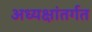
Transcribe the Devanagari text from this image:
अध्यक्षांतर्गत